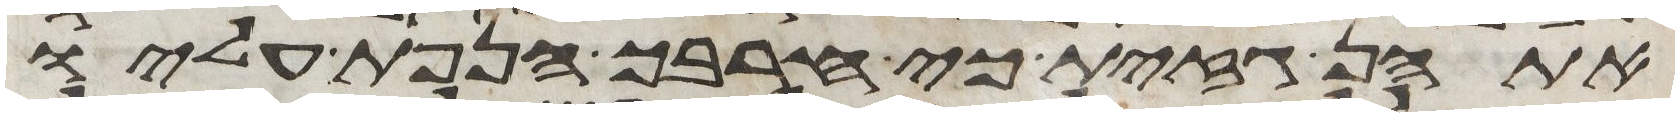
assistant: אתהן גזית כי חרבך הנפת עליו